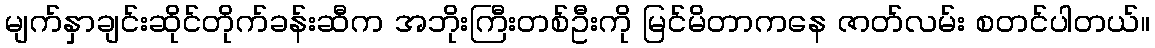
မျက်နှာချင်းဆိုင်တိုက်ခန်းဆီက အဘိုးကြီးတစ်ဦးကို မြင်မိတာကနေ ဇာတ်လမ်း စတင်ပါတယ်။